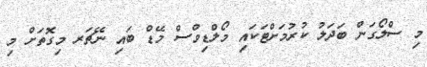
މި ސްލޯގަން ބަދަލު ކުރުމަށްޓަކައި މޯލްޑިވްސް މޭޑް ބައި ނޭޗަރ މިގޮތަށް މި